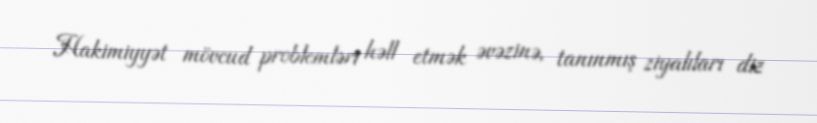
Hakimiyyət mövcud problemləri həll etmək əvəzinə, tanınmış ziyalıları diz